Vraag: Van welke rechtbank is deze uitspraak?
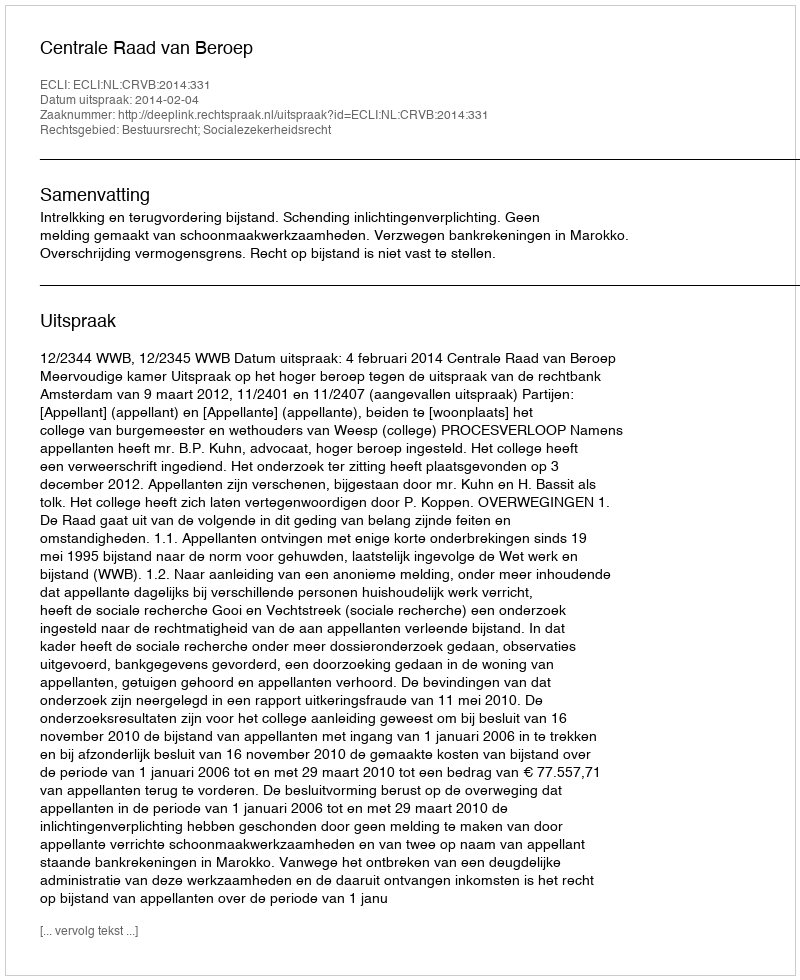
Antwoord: Centrale Raad van Beroep